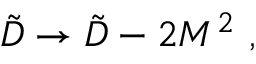
\tilde { D } \to \tilde { D } - 2 M ^ { 2 } \ ,